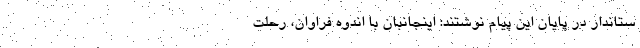
ستاندار در پایان این پیام نوشتند: اینجانبان با اندوه فراوان، رحلت